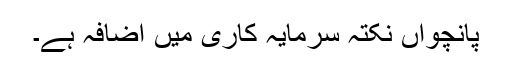
پانچواں نکتہ سرمایہ کاری میں اضافہ ہے۔